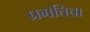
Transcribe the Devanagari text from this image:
प्रगतिचा